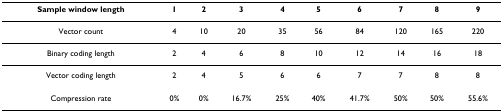
<table><thead><tr><td><b>Sample window length</b></td><td><b>1</b></td><td><b>2</b></td><td><b>3</b></td><td><b>4</b></td><td><b>5</b></td><td><b>6</b></td><td><b>7</b></td><td><b>8</b></td><td><b>9</b></td></tr></thead><tbody><tr><td>Vector count</td><td>4</td><td>10</td><td>20</td><td>35</td><td>56</td><td>84</td><td>120</td><td>165</td><td>220</td></tr><tr><td>Binary coding length</td><td>2</td><td>4</td><td>6</td><td>8</td><td>10</td><td>12</td><td>14</td><td>16</td><td>18</td></tr><tr><td>Vector coding length</td><td>2</td><td>4</td><td>5</td><td>6</td><td>6</td><td>7</td><td>7</td><td>8</td><td>8</td></tr><tr><td>Compression rate</td><td>0%</td><td>0%</td><td>16.7%</td><td>25%</td><td>40%</td><td>41.7%</td><td>50%</td><td>50%</td><td>55.6%</td></tr></tbody></table>